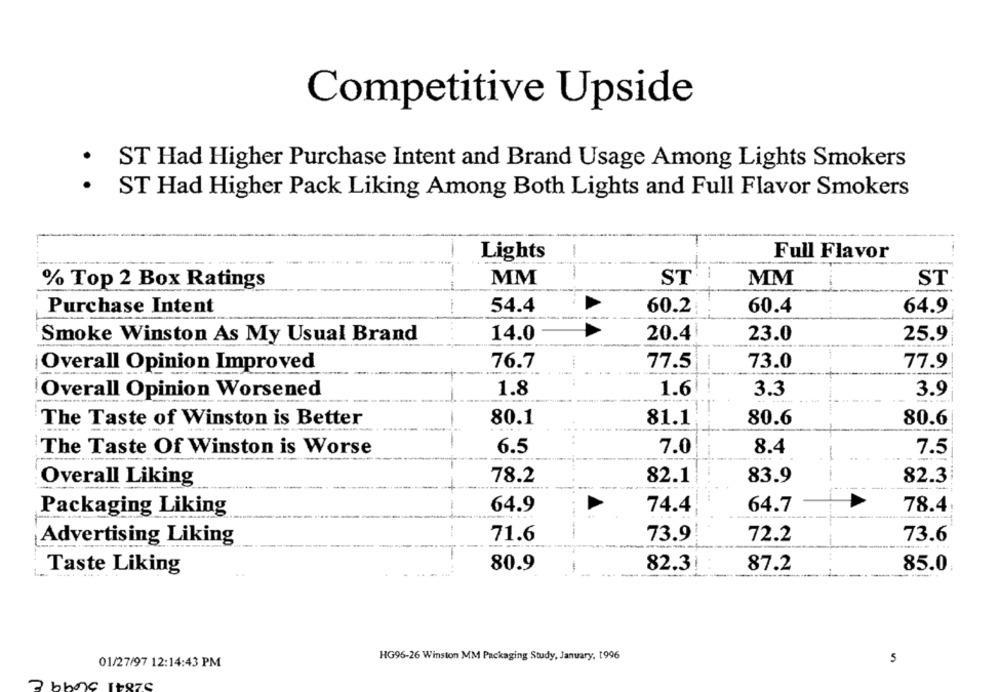
Competitive Upside
.
ST Had Higher Purchase Intent and Brand Usage Among Lights Smokers
.
ST Had Higher Pack Liking Among Both Lights and Full Flavor Smokers
Lights
-
Full Flavor
% Top 2 Box Ratings
MM
ST
MM
ST
Purchase Intent
54.4
60.2
60.4
64.9
Smoke Winston As My Usual Brand
14.0
20.4
23.0
25.9
Overall Opinion Improved
76.7
77.5
73.0
77.9
Overall Opinion Worsened
1.8
1.6
3.3
3.9
The Taste of Winston is Better
-
80.1
81.1
80.6
80.6
6.5
7.0
8.4
The Taste Of Winston is Worse
7.5
83.9
Overall Liking
78.2
82.1
82.3
Packaging Liking
64.9
74.4
64.7
78.4
71.6
73.9
72.2
73.6
Advertising Liking
80.9
82.3
87.2
85.0
Taste Liking
HG96-26 Winston MM Packaging Study, January, 1996
01/27/97 12:14:43 PM
5
3 bboc Itsze